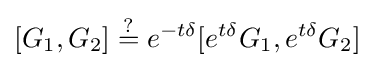
[G_{1},G_{2}]\;{\overset {?}{=}}\;e^{-t\delta }[e^{t\delta }G_{1},e^{t\delta }G_{2}]